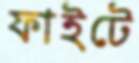
ফাইটে